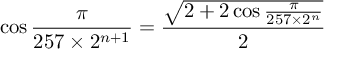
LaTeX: \cos { \frac { \pi } { 2 5 7 \times 2 ^ { n + 1 } } } = { \frac { \sqrt { 2 + 2 \cos { \frac { \pi } { 2 5 7 \times 2 ^ { n } } } } } { 2 } }